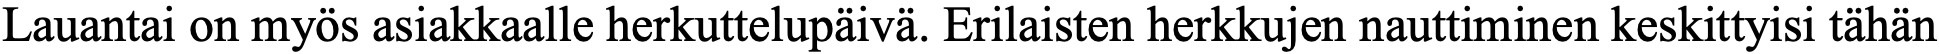
Lauantai on myös asiakkaalle herkuttelupäivä. Erilaisten herkkujen nauttiminen keskittyisi tähän